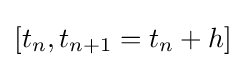
[t_{n},t_{n+1}=t_{n}+h]